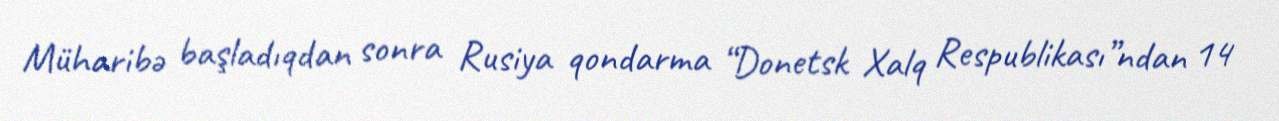
Müharibə başladıqdan sonra Rusiya qondarma “Donetsk Xalq Respublikası”ndan 14